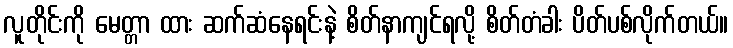
လူတိုင်းကို မေတ္တာ ထား ဆက်ဆံနေရင်းနဲ့ စိတ်နာကျင်ရလို့ စိတ်တံခါး ပိတ်ပစ်လိုက်တယ်။